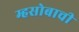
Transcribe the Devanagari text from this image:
म्हसोबाची